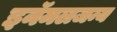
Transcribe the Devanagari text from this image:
इनॅमलजन्य